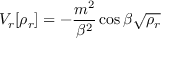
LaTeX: V _ { r } [ \rho _ { r } ] = - \frac { m ^ { 2 } } { \beta ^ { 2 } } \cos \beta \sqrt { \rho _ { r } }